Civil Veterinary Department. Madras. Admin. report 1910-25 - 1910-1925
Year: 1910
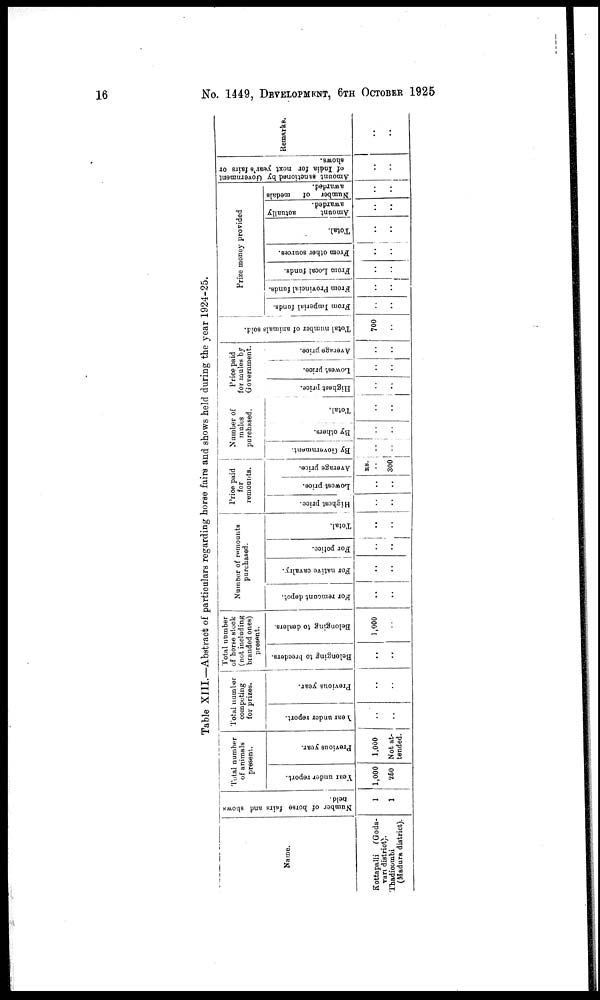
16
No. 1449, DEVELOPMENT, 6TH OCTOBER 1925
Table XIII.—Abstract of particulars regarding horse fairs and shows held during the year 1924-25.
Name.
Kottapalli
(Goda-
vari district).
Thadicombi
(Madura district).
Number of horse
fairs and shows
held.
1
1
Total number
of animals
present.
Year under report.
1,000
250
Previous year.
1,000
Not at-
tended.
Total number
competing
for prizes.
Year under report.
..
..
Previous year.
..
..
Total number
of horse stock
(not including
branded ones)
present.
Belonging to breeders.
..
..
Belonging to dealers.
1,000
..
Number of remounts
purchased.
For remount depot.
..
..
For native cavalry.
..
..
For police.
..
..
Total.
..
..
Price paid
for
remounts.
Highest price.
..
..
Lowest price.
..
....
Average price.
RS.
300
Number of
mules
purchased.
By Government.
..
..
By others.
- - -
..
..
Total.
..
..
Price paid
for mules by
Government.
Highest price.
..
..
Lowest price.
..
..
Average price.
..
..
Total number of animals sold.
700
..
Prize money provided
From Imperial funds.
..
..
From Provincial funds.
..
..
From Local funds.
..
..
From other sources.
..
..
Total.
..
..
Amount
actually
awarded.
..
..
Number of
medals
awarded.
..
..
Amount sanctioned by Government
of India for next year's fairs or
shows.
..
..
Remarks
..
..